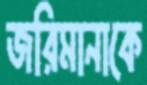
জরিমানাকে